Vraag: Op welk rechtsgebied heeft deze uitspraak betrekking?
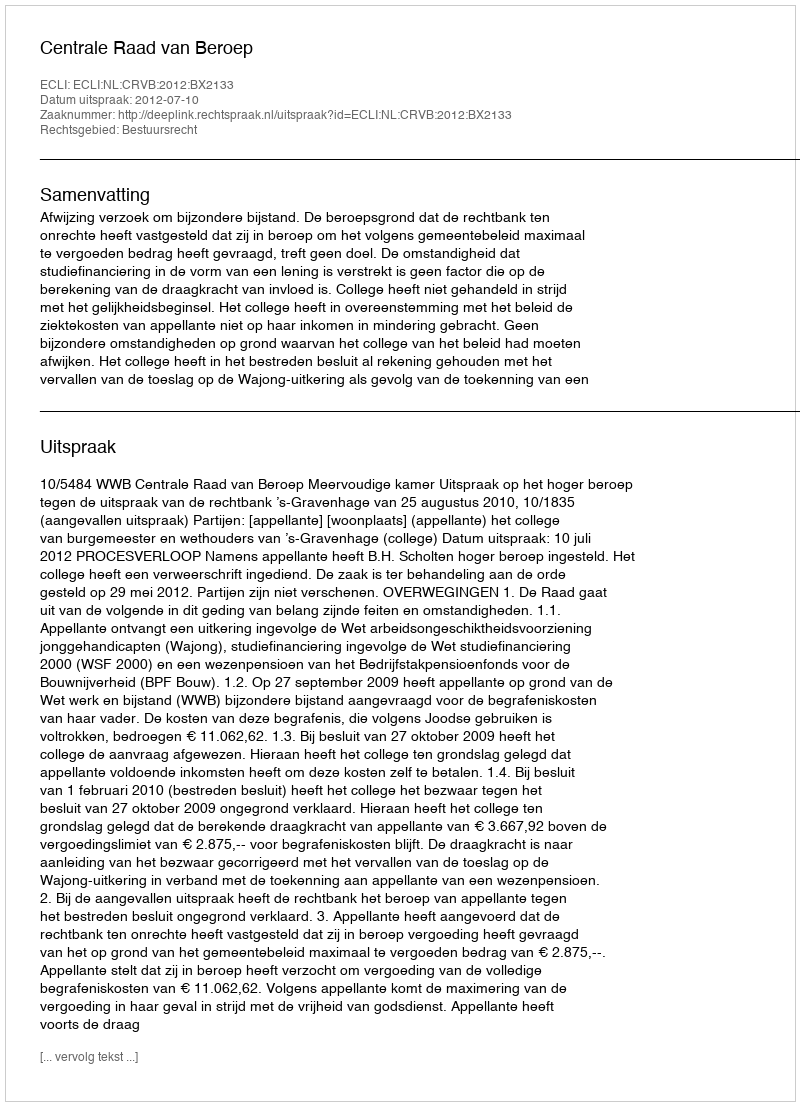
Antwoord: Bestuursrecht